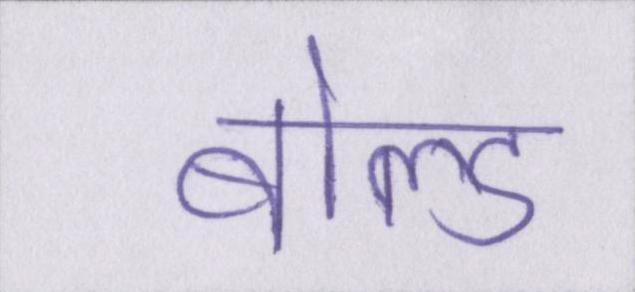
बोल्ड